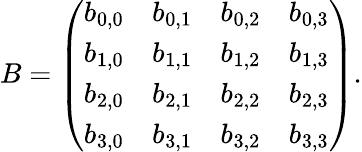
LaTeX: B=\left(\begin{array}{llll}{b_{0,0}}&{b_{0,1}}&{b_{0,2}}&{b_{0,3}}\\ {b_{1,0}}&{b_{1,1}}&{b_{1,2}}&{b_{1,3}}\\ {b_{2,0}}&{b_{2,1}}&{b_{2,2}}&{b_{2,3}}\\ {b_{3,0}}&{b_{3,1}}&{b_{3,2}}&{b_{3,3}}\end{array}\right).